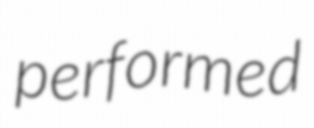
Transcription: performed